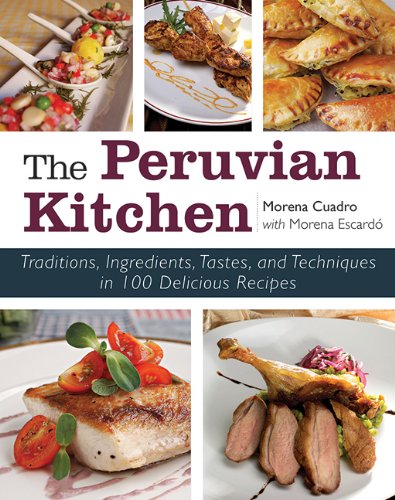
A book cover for The Peruvian Kitchen: Traditions, Ingredients, Tastes, and Techniques in 100 Delicious Recipes; Morena Cuadra; Cookbooks, Food & Wine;